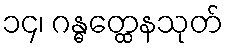
၁၄၊ ဂန္ဓတ္ထေနသုတ်